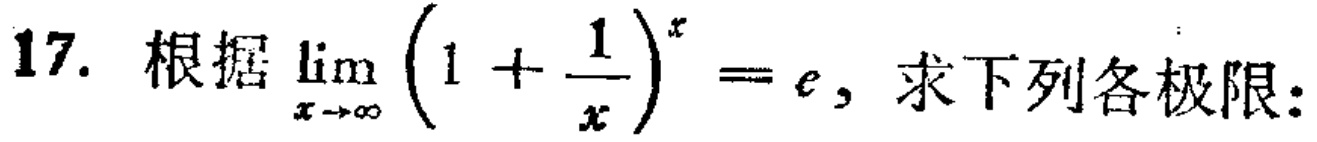
17. 根据$\lim_{x \to \infty} \left(1 + \frac{1}{x}\right)^{x} = e$, 求下列各极限：